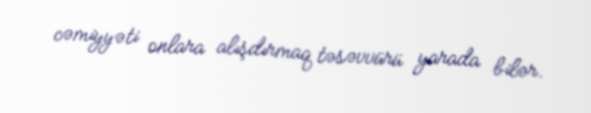
cəmiyyəti onlara alışdırmaq təsəvvürü yarada bilər.